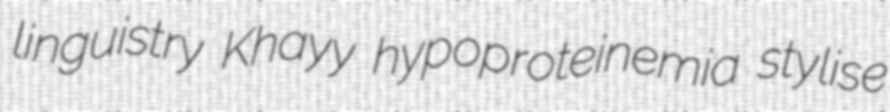
linguistry Khayy hypoproteinemia stylise